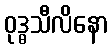
ဝုဒ္ဓသီလိနော